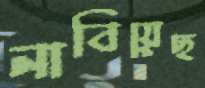
নাবিয়েছ